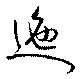
迤